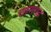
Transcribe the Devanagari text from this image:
छाणगढ